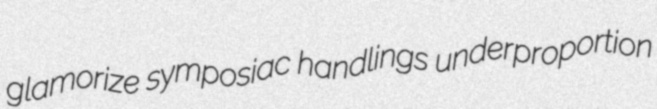
glamorize symposiac handlings underproportion